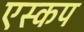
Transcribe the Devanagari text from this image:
एस्कप